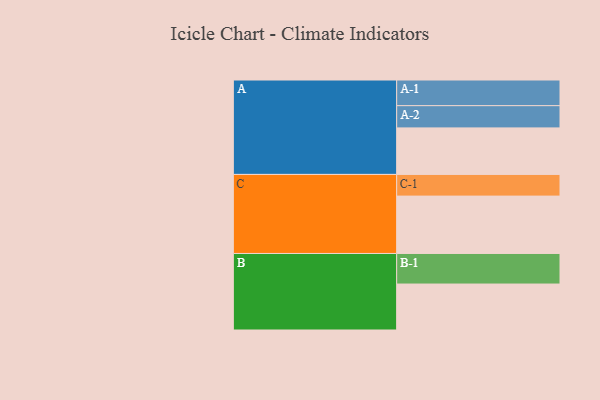
{"axis": {"x": "Segment", "y": "Value"}, "legend": ["", "A", "B", "C"], "data": [{"x": "A", "y": 408, "type": ""}, {"x": "B", "y": 403, "type": ""}, {"x": "C", "y": 503, "type": ""}, {"x": "A-1", "y": 225, "type": "A"}, {"x": "A-2", "y": 195, "type": "A"}, {"x": "B-1", "y": 268, "type": "B"}, {"x": "C-1", "y": 190, "type": "C"}]}